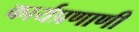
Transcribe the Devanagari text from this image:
कार्यप्रणाणी